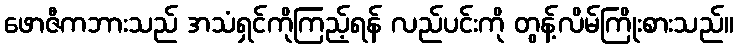
ဖောဇီကဘားသည် အသံရှင်ကိုကြည့်ရန် လည်ပင်းကို တွန့်လိမ်ကြိုးစားသည်။